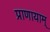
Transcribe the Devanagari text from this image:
प्राणायाम्